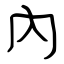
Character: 內